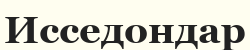
Исседондар